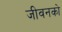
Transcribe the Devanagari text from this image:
जीवनको